Annual statistical returns and brief notes on vaccination in Bengal - 1909-1929
Year: 1909
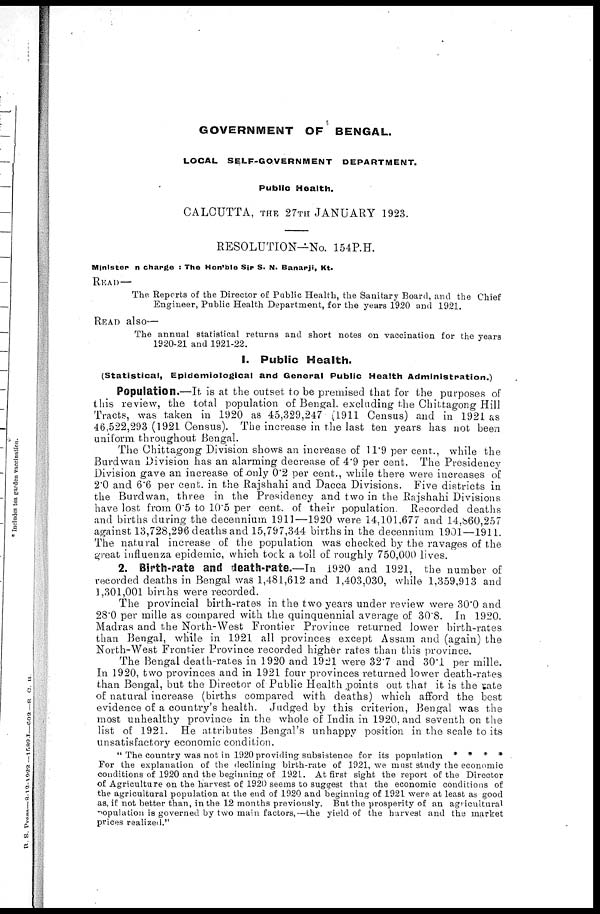
GOVERNMENT OF BENGAL.
LOCAL SELF-GOVERNMENT
DEPARTMENT.
Public Health.
CALCUTTA, THE 27TH JANUARY 1923.
RESOLUTION—No. 154P.H.
Minister n charge : The Hon'ble Sir S. N. Banarji, Kt.
READ—
The Reports of the Director of Public Health, the Sanitary Board, and the Chief
Engineer, Public Health Department, for the years 1920 and 1921.
READ also—
The annual statistical returns and short notes on vaccination for the years
1920-21 and 1921-22.
1. Public Health.
(Statistical, Epidemiological and General Public Health Administration.)
Population.—It is at the outset to be premised that for the purposes of
this review, the total population of Bengal, excluding the Chittagong Hill
Tracts, was taken in 1920 as 45,329,247 (1911 Census) and in 1921 as
46,522,293 (1921 Census). The increase in the last ten years has not been
uniform throughout Bengal.
The Chittagong Division shows an increase of 11.9 per cent., while the
Burdwan Division has an alarming decrease of 4.9 per cent. The Presidency
Division gave an increase of only 0.2 per cent., while there were increases of
2.0 and 6.6 per cent. in the Rajshahi and Dacca Divisions. Five districts in
the Burdwan, three in the Presidency and two in the Rajshahi Divisions
have lost from 0.5 to 10.5 per cent. of their population. Recorded deaths
and births during the decennium 1911—1920 were 14,101,677 and 14,860,257
against 13,728,296 deaths and 15,797,344 births in the decennium 1901—1911.
The natural increase of the population was checked by the ravages of the
great influenza epidemic, which tock a toll of roughly 750,000 lives.
2. Birth-rate and death-rate.—In 1920 and 1921, the number of
recorded deaths in Bengal was 1,481,612 and 1,403,030, while 1,359,913 and
1,301,001 births were recorded.
The provincial birth-rates in the two years under review were 30.0 and
28.0 per mille as compared with the quinquennial average of 30.8. In 1920.
Madras and the North-West Frontier Province returned lower birth-rates
than Bengal, while in 1921 all provinces except Assam and (again) the
North-West Frontier Province recorded higher rates than this province.
The Bengal death-rates in 1920 and 1921 were 32.7 and 30.1 per mille.
In 1920, two provinces and in 1921 four provinces returned lower death-rates
than Bengal, but the Director of Public Health points out that it is the rate
of natural increase (births compared with deaths) which afford the best
evidence of a country's health. Judged by this criterion, Bengal was the
most unhealthy province in the whole of India in 1920, and seventh on the
list of 1921. He attributes Bengal's unhappy position in the scale to its
unsatisfactory economic condition.
" The country was not in 1920 providing subsistence for its population * * * *
For the explanation of the declining birth-rate of 1921, we must study the economic
conditions of 1920 and the beginning of 1921. At first sight the report of the Director
of Agriculture on the harvest of 1920 seems to suggest that the economic conditions of
the agricultural population at the end of 1920 and beginning of 1921 were at least as good
as, if not better than, in the 12 months previously. But the prosperity of an agricultural
population is governed by two main factors,—the yield of the harvest and the market
prices realized."